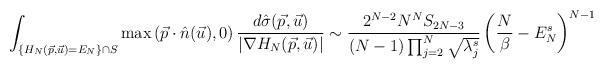
LaTeX: \begin{align*}\int_{\{H_N(\vec p, \vec u)=E_N\}\cap S} \max\left( \vec p \cdot \hat n(\vec u) ,0\right) \frac{d\hat{\sigma}(\vec p, \vec u)}{|\nabla H_N(\vec p, \vec u)|} \sim \frac{2^{N-2} N^{N} S_{2N-3}}{(N-1) \prod_{j=2}^N \sqrt{\lambda^s_j}} \left( \frac{N}{\beta} - E_N^s \right)^{N-1}\end{align*}